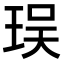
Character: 㻍